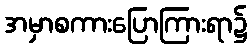
အမှာစကားပြောကြားရာ၌